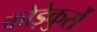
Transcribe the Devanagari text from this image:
कोड़ेकुर्से